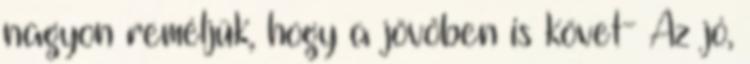
nagyon reméljük, hogy a jövőben is követ- Az jó,